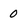
Character: 0